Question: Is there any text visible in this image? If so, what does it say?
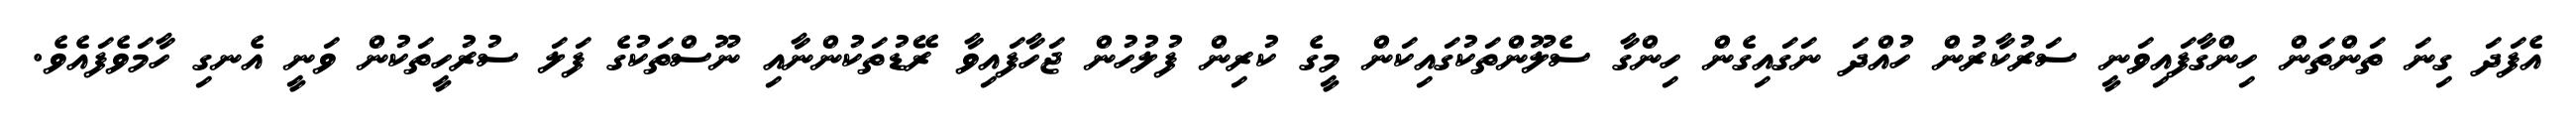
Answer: އެފަދަ ގިނަ ތަންތަން ހިންގާފައިވަނީ ސަރުކާރުން ހުއްދަ ނަގައިގެން ހިންގާ ސެލޫންތަކުގައިކަން މީގެ ކުރިން ފުލުހުން ޖަހާފައިވާ ރޭޑުތަކުންނާއި ނޫސްތަކުގެ ފަލަ ސުރުހީތަކުން ވަނީ އެނގި ހާމަވެފައެވެ.